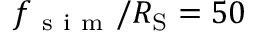
f _ { \mathrm { ~ s ~ i ~ m ~ } } / R _ { \mathrm { S } } = 5 0